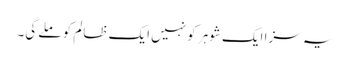
یہ سزا ایک شوہر کو نہیں ایک ظالم کو ملے گی۔